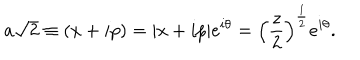
a { \sqrt { 2 } } \equiv ( x + i p ) = | x + i p | e ^ { i \theta } = \left( \frac { z } { 2 } \right) ^ { \frac { 1 } { 2 } } e ^ { i \theta } .